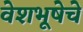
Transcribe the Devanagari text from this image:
वेशभूषेचे